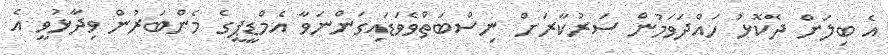
އެ ބިލަށް ދެކޮޅު ހައްދަވަމުން ސަރުކާރަށް ނިސްބަތްވެވަޑައިގަންނަވާ އެމްޑީޕީގެ މެންބަރުން ވިދާޅުވީ އެ